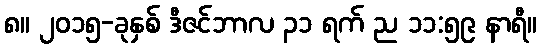
၈။ ၂၀၁၅-ခုနှစ် ဒီဇင်ဘာလ ၃၁ ရက် ည ၁၁:၅၉ နာရီ။